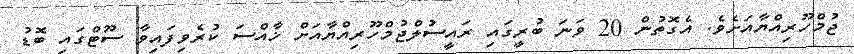
ޖުމްހޫރިއްޔާއަށެވެ. އެގޮތުން 20 ވަނަ ބުރީގައި ރައީސުލްޖުމްހޫރިއްޔާއަށް ޚާއްސަ ކުރެވިފައިވާ ސޫޓްގައި ބޮޑު